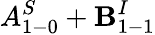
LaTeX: A_{1-0}^{S}+\mathbf{B}_{1-1}^{I}